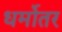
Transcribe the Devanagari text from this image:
धर्मोतर